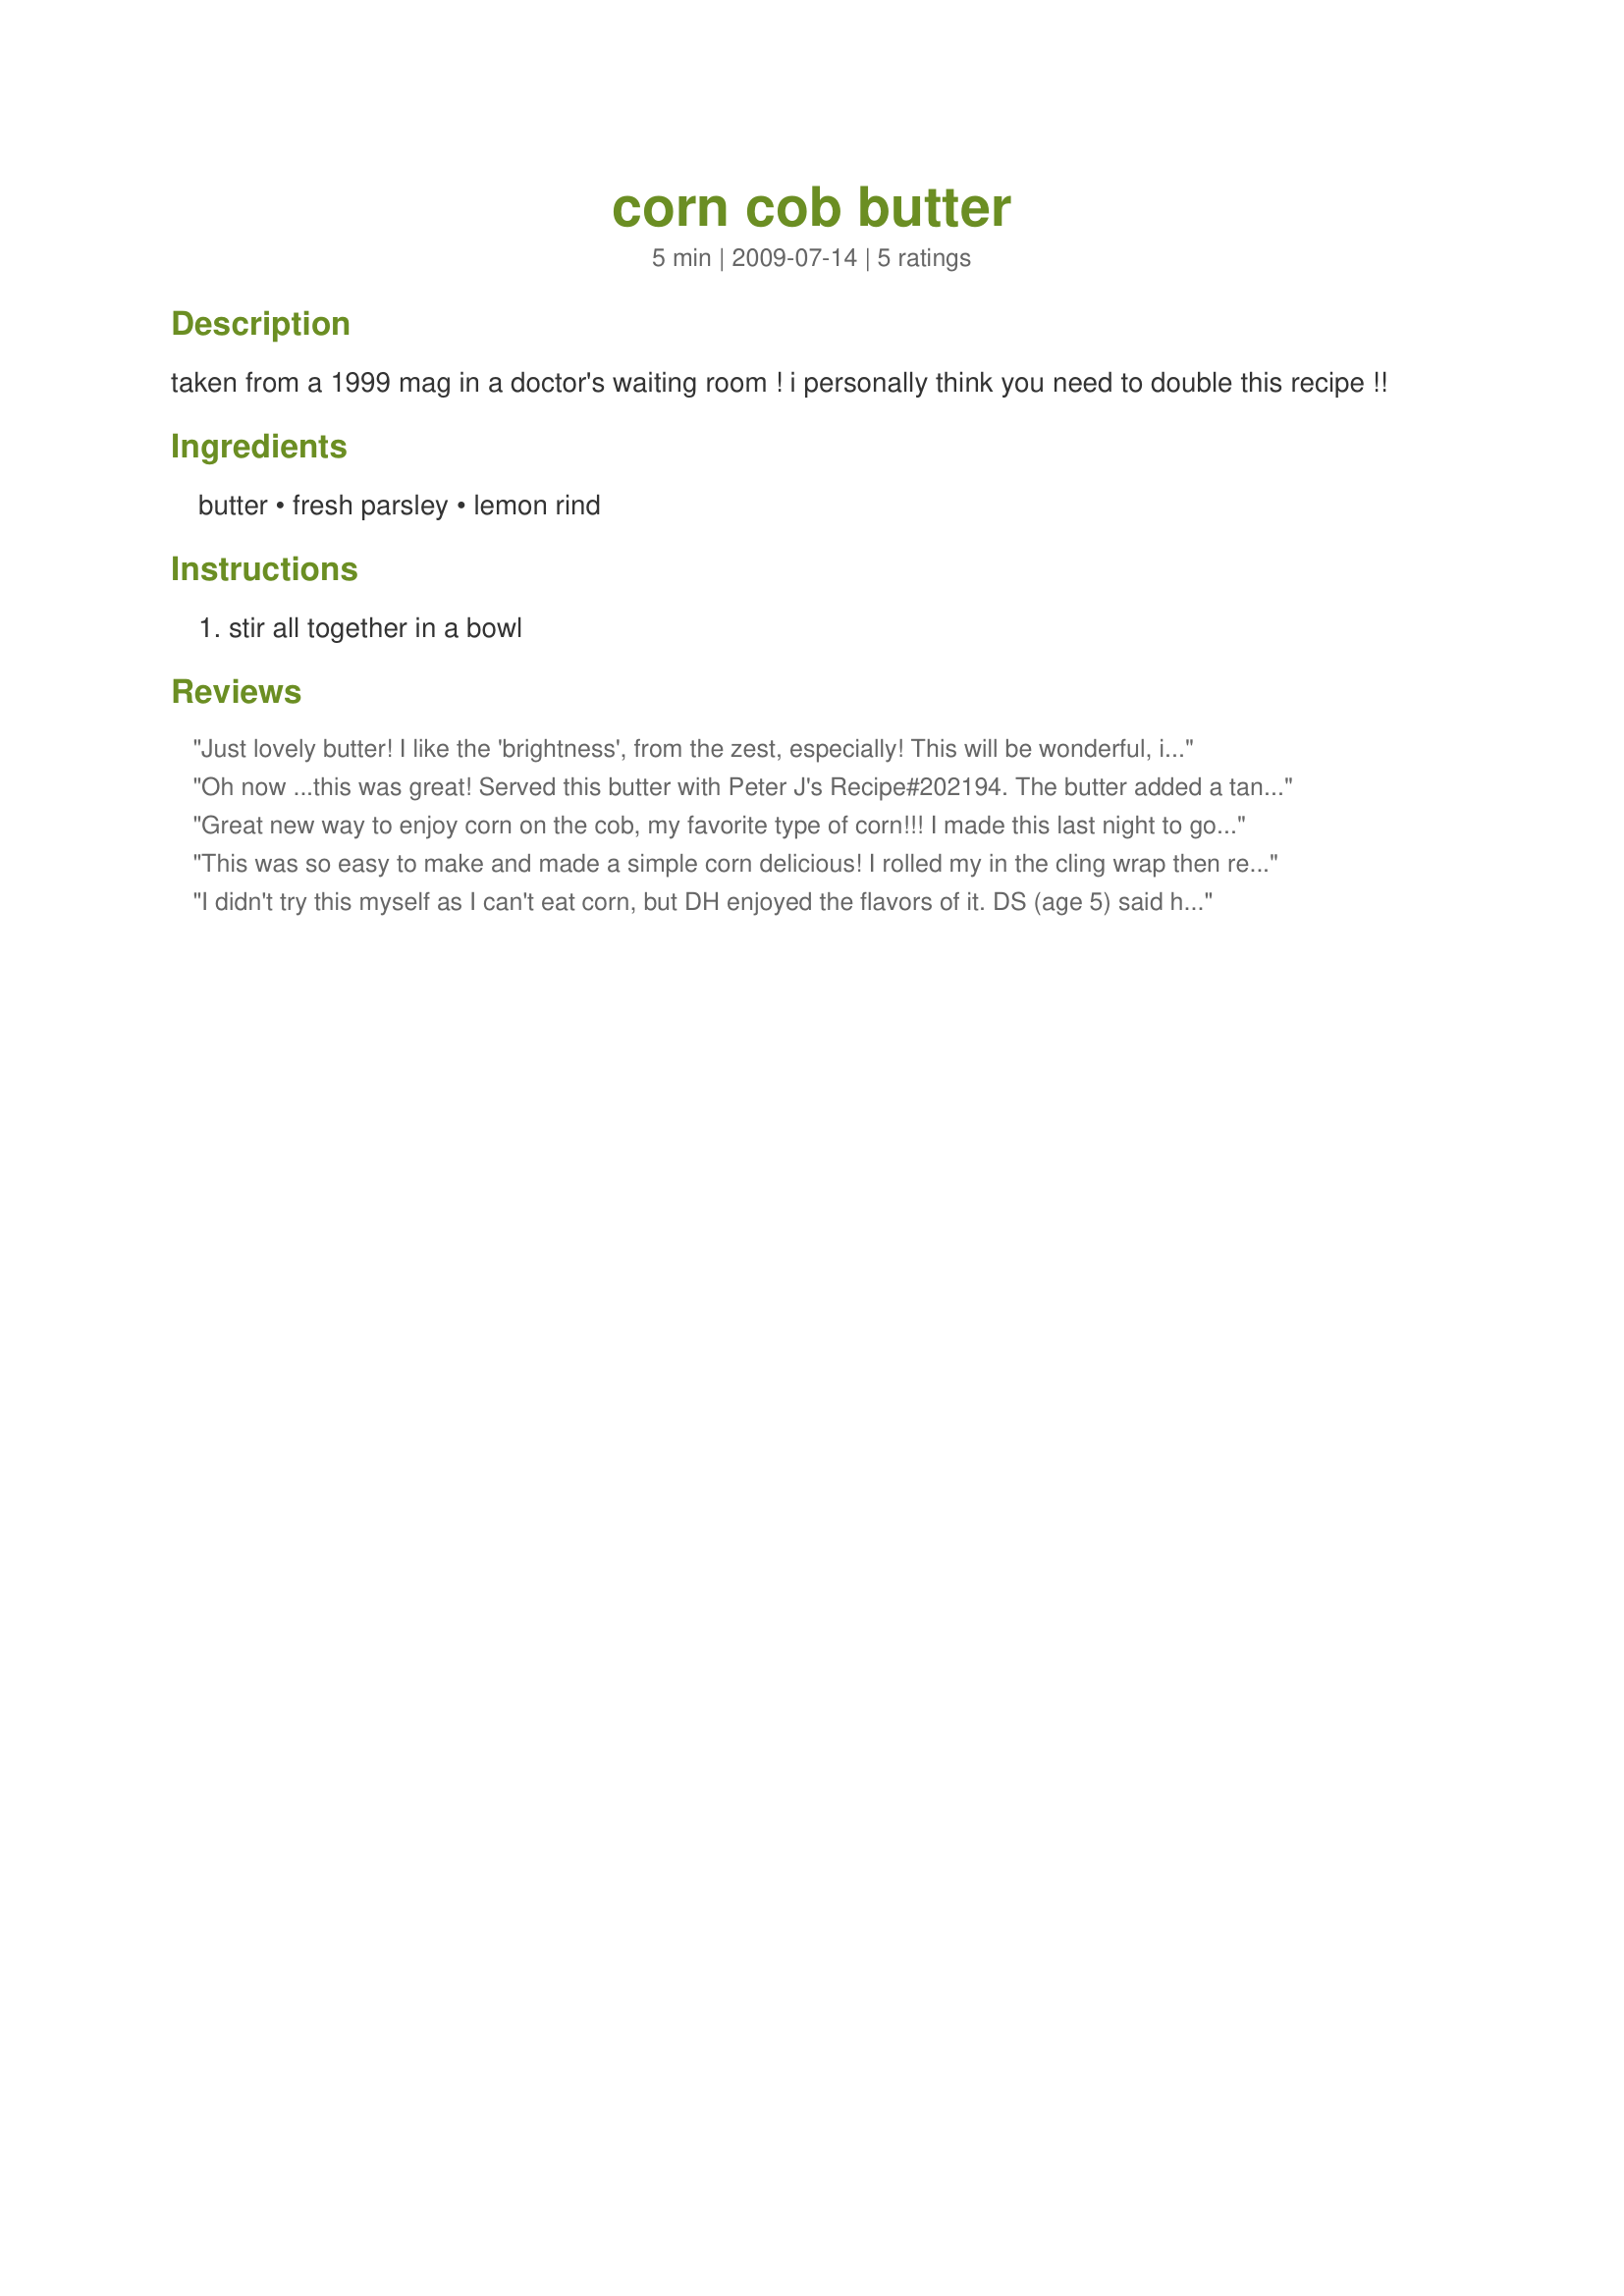
corn cob butter
Preparation time: 5 minutes

taken from a 1999 mag in a doctor's waiting room ! i personally think you need to double this recipe !!

Ingredients:
butter, fresh parsley, lemon rind

Steps:
stir all together in a bowl

Reviews:
Just lovely butter! I like the 'brightness', from the zest, especially! This will be wonderful, in the summer, when corn is in season. This just gives me another reason to love summer! Thanks so much for sharing, Kate!
Oh now ...this was great! Served this butter with Peter J's Recipe#202194. The butter added a tangy taste to one of my favourite corn recipes. DS and I adored this. This made enough for about 4 cobs of corn.
Another great recipe. Thanks so much katew!
Great new way to enjoy corn on the cob, my favorite type of corn!!! I made this last night to go along with our dinner, ribs and simple side dish of red skins( recipe#222273) and it was great. I was lazy and used dried lemon zest and parsley, but it still added a nice citrus zip/tang to the corn. Next time I will definitely use fresh zested lemons, to me parsley doesn't add a lot of flavor, so I would still use the dried herb. Definitely a repeat here at our house!!! Thanks for sharing the recipe and a new way to enjoy corn on the cob. Made for Holiday Tag Game.
This was so easy to make and made a simple corn delicious! I rolled my in the cling wrap then refrigerated until I needed it. Then to serve I sliced to give it a pretty shape. Thanks so much for posting your recipe katew
I didn't try this myself as I can't eat corn, but DH enjoyed the flavors of it. DS (age 5) said he liked it, although I think mostly he just noticed corn! I'd like to try this on green beans, too--maybe other vegs as well. Thanks so much for sharing this recipe, kate! Made for Everyday is a Holiday tag game.
